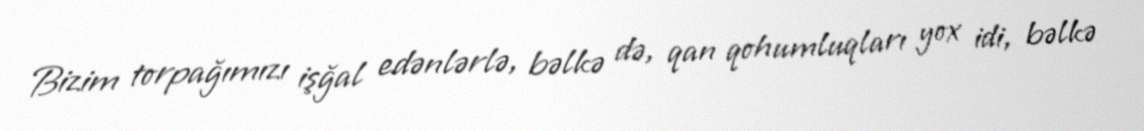
Bizim torpağımızı işğal edənlərlə, bəlkə də, qan qohumluqları yox idi, bəlkə